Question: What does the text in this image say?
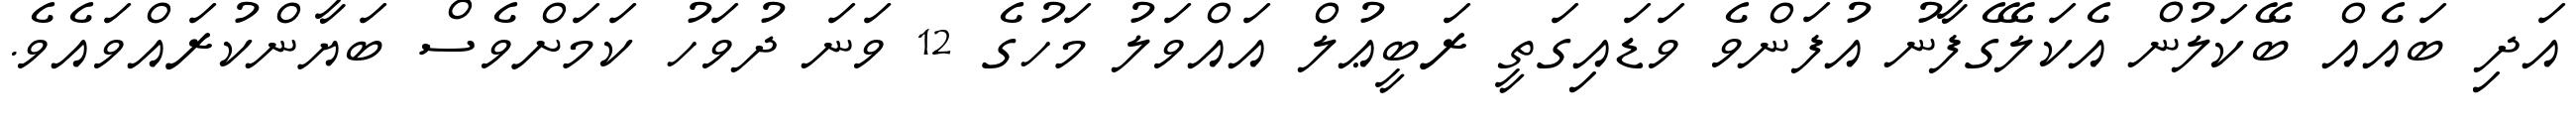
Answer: އަދި ބައެއް ބޭކަލުން އެކަލޭގެފާނު އުފަންވެ ވަޑައިގަތީ ރަބީޢުލް އައްވަލު މަހުގެ 12 ވަނަ ދުވަހު ކަމަށްވެސް ބަޔާންކުރައްވައެވެ.